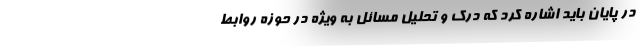
در پایان باید اشاره کرد که درک و تحلیل مسائل به ویژه در حوزه روابط